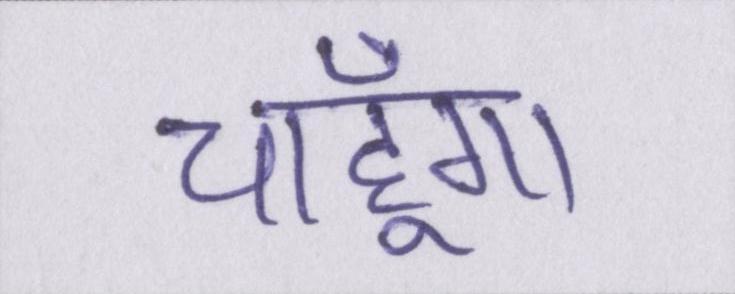
चाहूँगा